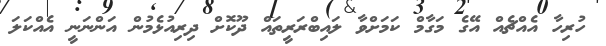
ހުރިހާ އެއްޗެއް އޭގެ މަގާމް ކަމަށްވާ ލައިބްރަރީތައް ދޫކޮށް ދިރިއުޅެމުން އަންނަނީ އެއްކަލަ